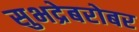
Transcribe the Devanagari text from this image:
सुभद्रेबरोबर